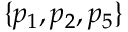
\{ p _ { 1 } , p _ { 2 } , p _ { 5 } \}